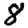
Digit: 8